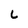
Character: L